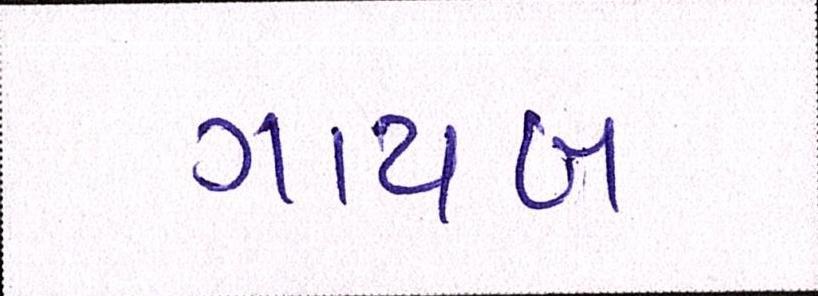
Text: ગાયબ